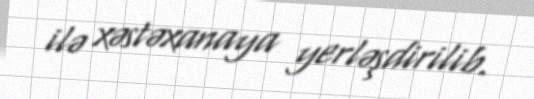
ilə xəstəxanaya yerləşdirilib.